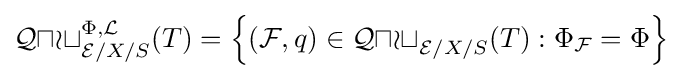
{\mathcal {Quot}}_{{\mathcal {E}}/X/S}^{\Phi ,{\mathcal {L}}}(T)=\left\{({\mathcal {F}},q)\in {\mathcal {Quot}}_{{\mathcal {E}}/X/S}(T):\Phi _{\mathcal {F}}=\Phi \right\}